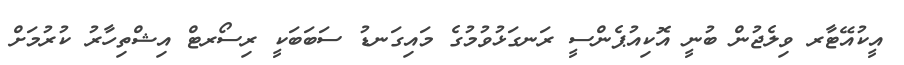
އީކުއޭޓާރ ވިލެޖުން ބުނީ އޮކިއުޕެންސީ ރަނގަޅުވުމުގެ މައިގަނޑު ސަބަބަކީ ރިސޯރޓް އިޝްތިހާރު ކުރުމަށް